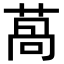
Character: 萵